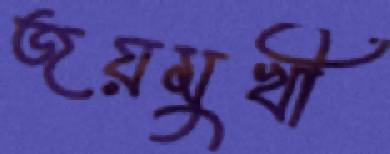
জয়মুখী